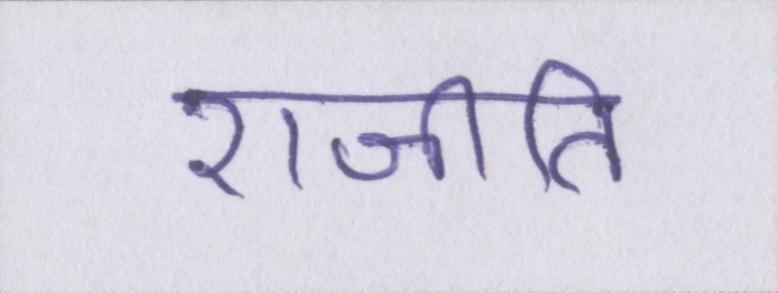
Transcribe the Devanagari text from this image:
राजीति